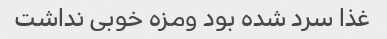
غذا سرد شده بود ومزه خوبی نداشت